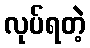
လုပ်ရတဲ့